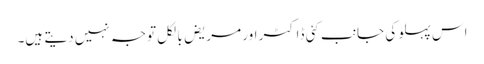
اس پہلو کی جانب کئی ڈاکٹر اور مریض بالکل توجہ نہیں دیتے ہیں۔